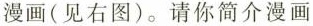
漫画（见右图）。请你简介漫画